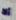
ألا